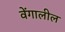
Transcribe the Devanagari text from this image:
वेंगालील